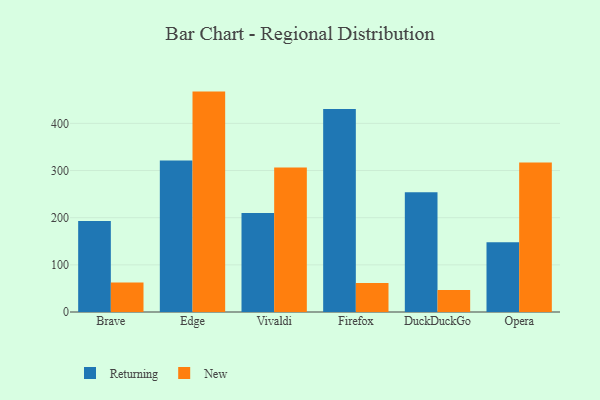
{"axis": {"x": "Browser", "y": "Page Views"}, "legend": ["New", "Returning"], "data": [{"x": "Brave", "y": 192.8, "type": "Returning"}, {"x": "Brave", "y": 62.3, "type": "New"}, {"x": "Edge", "y": 321.5, "type": "Returning"}, {"x": "Edge", "y": 467.4, "type": "New"}, {"x": "Vivaldi", "y": 210.1, "type": "Returning"}, {"x": "Vivaldi", "y": 306.2, "type": "New"}, {"x": "Firefox", "y": 430.5, "type": "Returning"}, {"x": "Firefox", "y": 61.5, "type": "New"}, {"x": "DuckDuckGo", "y": 254.0, "type": "Returning"}, {"x": "DuckDuckGo", "y": 46.4, "type": "New"}, {"x": "Opera", "y": 147.9, "type": "Returning"}, {"x": "Opera", "y": 316.8, "type": "New"}]}